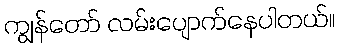
ကျွန်တော် လမ်းပျောက်နေပါတယ်။